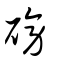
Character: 磅